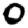
Digit: 0